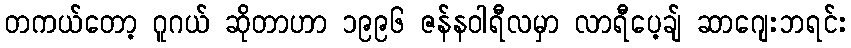
တကယ်တော့ ဂူဂယ် ဆိုတာဟာ ၁၉၉၆ ဇန်နဝါရီလမှာ လာရီပေ့ချ် ဆာဂျေးဘရင်း